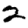
Digit: 2